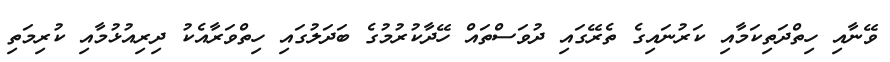
ވޭނާއި ހިތްދަތިކަމާއި ކަރުނައިގެ ތެރޭގައި ދުވަސްތައް ހޭދާކުރުމުގެ ބަދަލުގައި ހިތްވަރާއެކު ދިރިއުޅުމާއި ކުރިމަތި